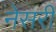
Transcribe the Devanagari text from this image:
नेसरी